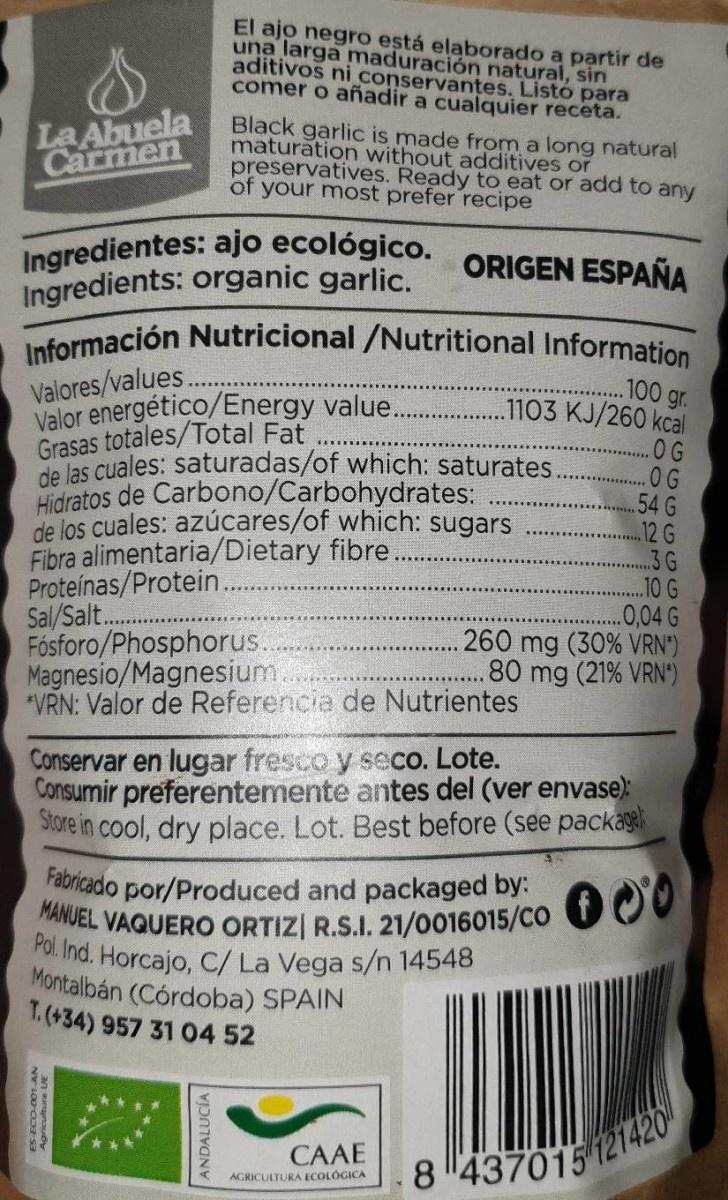
El ajo negro está elaborado a partir de una larga maduración natural, sin aditivos ni conservantes. Listó para comer o añadir a cualquier receta.
La Abuela Carmen
Black garlic is made from a long natural maturation without additives or preservatives. Ready to eat or add to any of your most prefer recipe
Ingredientes: ajo ecológico. Ingredients: organic garlic.
ORIGEN ESPAÑA
Información Nutricional /Nutritional Information
Valores/values. Valor energético/Energy value.. Grasas totales/Total Fat de las cuales: saturadas/of which: saturates. Hidratos de Carbono/Carbohydrates: de los cuales: azúcares/of which: sugars Fibra alimentaria/Dietary fibre. Proteínas/Protein. Sal/Salt.. Fósforo/Phosphorus. Magnesio/Magnesium.. *VRN: Valor de Referencia de Nutrientes
.100 gr. .1103 KJ/260 kcal
.OG .OG .54 G 12 G .3G .10 G .0,04 G 260 mg (30% VRN") .80 mg (21% VRN")
Conservar en lugar fresco y seco. Lote. Consumir preferentemente antes del (ver envase): Store in cool, dry place. Lot. Best before (see package
Faoricado por/Produced and packaged by: MANJEL VAQUERO ORTIZI R.S.I. 21/0016015/CO UO0 POl. Ind. Horcajo, C/ La Vega s/n 14548 Montalbán (Córdoba) SPAIN T.(+34) 957 31 O4 52
CAAE
8 437015 121420
AGRICULTURA ECOLOGICA
ANDALUCIA